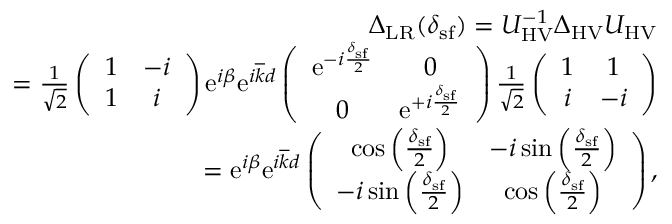
\begin{array} { r l r } & { } & { \Delta _ { \mathrm { L R } } ( \delta _ { \mathrm { s f } } ) = U _ { \mathrm { H V } } ^ { - 1 } \Delta _ { \mathrm { H V } } U _ { \mathrm { H V } } } \\ & { } & { = \frac { 1 } { \sqrt { 2 } } \left( \begin{array} { c c } { 1 } & { - i } \\ { 1 } & { i } \end{array} \right) \mathrm { e } ^ { i \beta } \mathrm { e } ^ { i \overline { { k } } d } \left( \begin{array} { c c } { \mathrm { e } ^ { - i \frac { \delta _ { \mathrm { s f } } } { 2 } } } & { 0 } \\ { 0 } & { \mathrm { e } ^ { + i \frac { \delta _ { \mathrm { s f } } } { 2 } } } \end{array} \right) \frac { 1 } { \sqrt { 2 } } \left( \begin{array} { c c } { 1 } & { 1 } \\ { i } & { - i } \end{array} \right) } \\ & { } & { = \mathrm { e } ^ { i \beta } \mathrm { e } ^ { i \overline { { k } } d } \left( \begin{array} { c c } { \cos \left( \frac { \delta _ { \mathrm { s f } } } { 2 } \right) } & { - i \sin \left( \frac { \delta _ { \mathrm { s f } } } { 2 } \right) } \\ { - i \sin \left( \frac { \delta _ { \mathrm { s f } } } { 2 } \right) } & { \cos \left( \frac { \delta _ { \mathrm { s f } } } { 2 } \right) } \end{array} \right) , } \end{array}